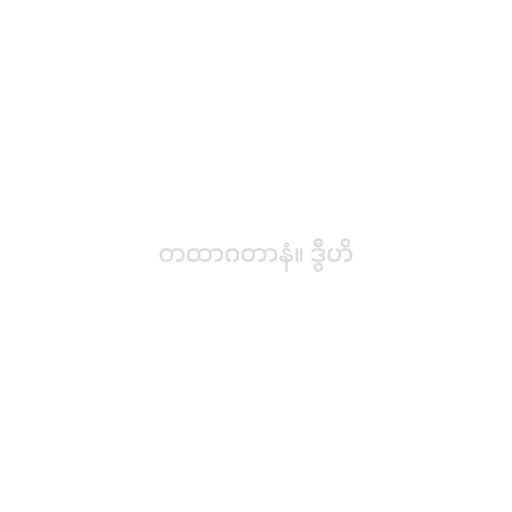
တထာဂတာနံ။ ဒွီဟိ